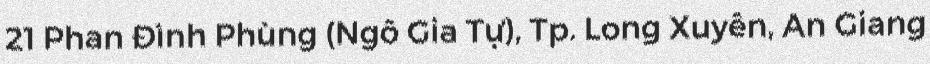
21 Phan Đình Phùng (Ngô Gia Tự), Tp. Long Xuyên, An Giang